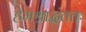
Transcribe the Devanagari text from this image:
हेमश्राद्धंततः